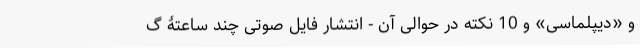
و «دیپلماسی» و 10 نکته در حوالی آن - انتشار فایل صوتی چند ساعتۀ گ